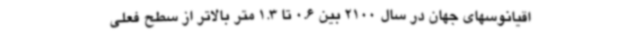
اقیانوسهای جهان در سال 2100 بین 0.6 تا 1.3 متر بالاتر از سطح فعلی